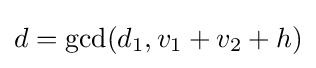
d=\gcd(d_{1},v_{1}+v_{2}+h)